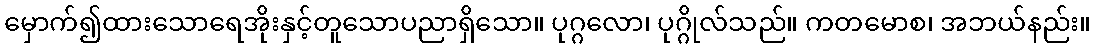
မှောက်၍ထားသောရေအိုးနှင့်တူသောပညာရှိသော။ ပုဂ္ဂလော၊ ပုဂ္ဂိုလ်သည်။ ကတမောစ၊ အဘယ်နည်း။